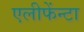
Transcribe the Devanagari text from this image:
एलीफेंन्टा